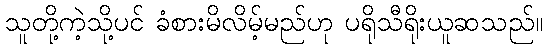
သူတို့ကဲ့သို့ပင် ခံစားမိလိမ့်မည်ဟု ပရိုသီရိုးယူဆသည်။